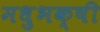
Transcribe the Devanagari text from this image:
मधुभक्षी